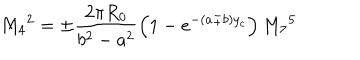
M _ { 4 } { } ^ { 2 } = \pm \frac { 2 \pi R _ { 0 } } { b ^ { 2 } - a ^ { 2 } } \left( 1 - e ^ { - ( a \pm b ) y _ { c } } \right) M _ { 7 } { } ^ { 5 }